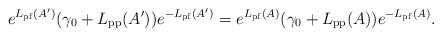
LaTeX: \begin{align*}e^{L_{\rm pf}(A')} (\gamma_0+L_{\rm pp}(A')) e^{-L_{\rm pf}(A')} = e^{L_{\rm pf}(A)} (\gamma_0+L_{\rm pp}(A)) e^{-L_{\rm pf}(A)}.\end{align*}